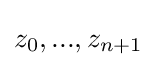
z_{0},...,z_{n+1}